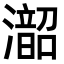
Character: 𪷰